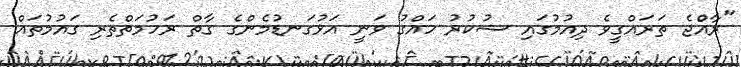
"ރާއެްޖެ ތަރައްގީވެ ދިއުމުގައި ޝުކުރު ހައްގު ވަނީ އަޅުގަނޑުމެންގެ ގާތް ރަހުމަތްތެރި ގައުމުތައް